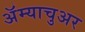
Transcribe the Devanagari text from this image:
अॅम्याचुअर